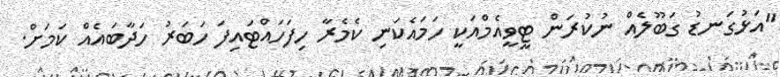
"އަޅުގަނޑު ގަބޫލެއް ނުކުރަން ޓީވީއެމްއަކީ ހަމައެކަނި ކެމެރާ ހިފަހައްޓައިފަ ހަބަރު ހަދާބައެއް ކަމަށް.